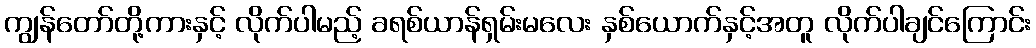
ကျွန်တော်တို့ကားနှင့် လိုက်ပါမည့် ခရစ်ယာန်ရှမ်းမလေး နှစ်ယောက်နှင့်အတူ လိုက်ပါချင်ကြောင်း